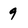
Character: 9